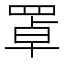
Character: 罩